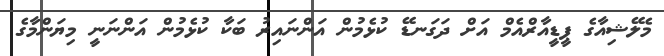
މެލޭޝިއާގެ ޕީޑީއާރްއެމް އަށް ދަގަނޑޭ ކުޅެމުން އަންނައިރު ބަކާ ކުޅެމުން އަންނަނީ މިޔަންމާގެ